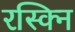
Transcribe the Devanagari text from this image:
रस्क्नि